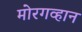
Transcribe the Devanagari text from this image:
मोरगव्हान